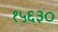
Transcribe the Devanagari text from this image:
१५६३०